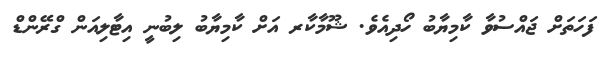
ފަހަތަށް ޖައްސުވާ ކާމިޔާބު ހޯދިއެވެ. ޝޫމާކާރ އަށް ކާމިޔާބު ލިބުނީ އިޓާލިއަން ގްރޭންޑް